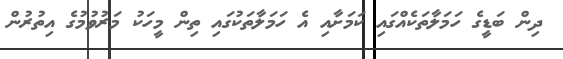
ދިން ބަޑީގެ ހަމަލާތަކެއްގައި ކަމަށާއި އެ ހަމަލާތަކުގައި ތިން މީހަކު މަރުވުމުގެ އިތުރުން